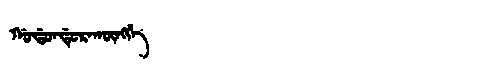
Manchu: ᡤᠣᡩᠣᠨᡩᡠᡵᠠᡴᡡᠩᡤᡝ
Romanization: GODONDURAKŪNGGE